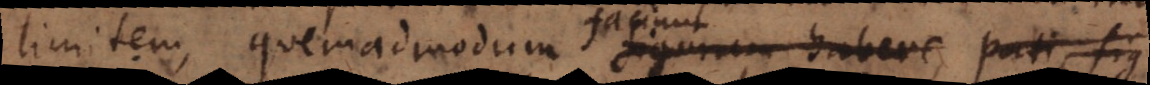
limitem, quemadmodum figuram habere, pati, fig